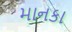
માનકા